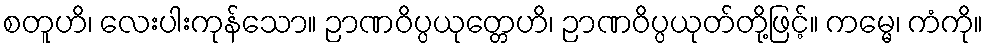
စတူဟိ၊ လေးပါးကုန်သော။ ဉာဏဝိပ္ပယုတ္တေဟိ၊ ဉာဏဝိပ္ပယုတ်တို့ဖြင့်။ ကမ္မေ၊ ကံကို။